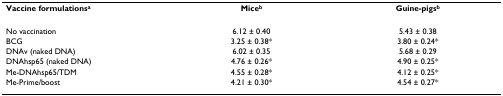
<table><thead><tr><td><b>Vaccine formulations<sup>a</sup></b></td><td><b>Mice<sup>b</sup></b></td><td><b>Guine-pigs<sup>b</sup></b></td></tr></thead><tbody><tr><td>No vaccination</td><td>6.12 ± 0.40</td><td>5.43 ± 0.38</td></tr><tr><td>BCG</td><td>3.25 ± 0.38*</td><td>3.80 ± 0.24*</td></tr><tr><td>DNAv (naked DNA)</td><td>6.02 ± 0.35</td><td>5.68 ± 0.29</td></tr><tr><td>DNAhsp65 (naked DNA)</td><td>4.76 ± 0.26*</td><td>4.90 ± 0.25*</td></tr><tr><td>Me-DNAhsp65/TDM</td><td>4.55 ± 0.28*</td><td>4.12 ± 0.25*</td></tr><tr><td>Me-Prime/boost</td><td>4.21 ± 0.30*</td><td>4.54 ± 0.27*</td></tr></tbody></table>